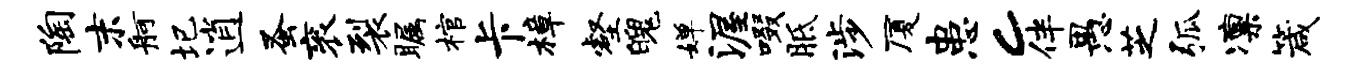
陶末舸圮逍蚤衮裂瞩棺卡樟壑魄婵渥啜胝涉厦患c伴愚芝弧凛箴